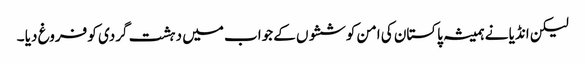
لیکن انڈیا نے ہمیشہ پاکستان کی امن کوششوں کے جواب میں دہشت گردی کو فروغ دیا ۔